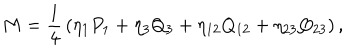
LaTeX: M = { \frac { 1 } { 4 } } \left( \eta _ { 1 } P _ { 1 } + \eta _ { 3 } Q _ { 3 } + \eta _ { 1 2 } Q _ { 1 2 } + \eta _ { 2 3 } Q _ { 2 3 } \right) ,